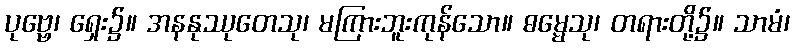
ပုဗ္ဗေ၊ ရှေး၌။ အနနုဿုတေသု၊ မကြားဘူးကုန်သော။ ဓမ္မေသု၊ တရားတို့၌။ သာမံ၊